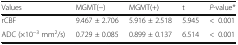
| Values | MGMT(−) | MGMT(+) | t | P-value* |
 | --- | --- | --- | --- | --- |
 | rCBF | 9.467 ± 2.706 | 5.916 ± 2.518 | 5.945 | <0.001 |
 | ADC (×10−3 mm2/s) | 0.729 ± 0.085 | 0.899 ± 0.137 | 6.514 | <0.001 |